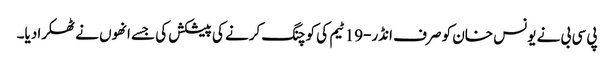
پی سی بی نے یونس خان کو صرف انڈر-19 ٹیم کی کوچنگ کرنے کی پیشکش کی جسے انھوں نے ٹھکرا دیا۔